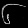
Digit: ၆